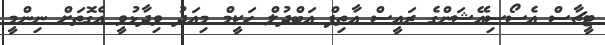
ޓީޗާސް އެސޯސިއޭޝަންގެ ރައީސް އާތިފް އަބްދުލް ހަކީމް މިއަދު ވިދާޅުވީ އެގޮތަށް ނިންމީ